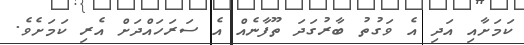
ކަމަށާއި އަދި އެ ވަގުތު ބާރުގަދަ ތޫފާނެއް އެ ސަރަހައްދަށް އެރި ކަމަށެވެ.